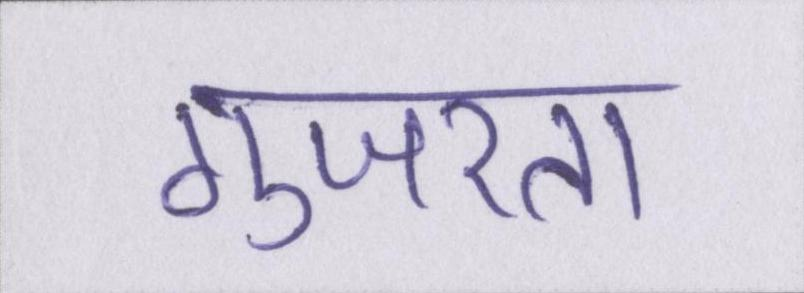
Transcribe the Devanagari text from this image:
गुजरता